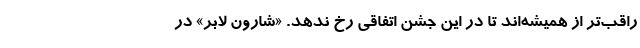
راقب‌تر از همیشه‌اند تا در این جشن اتفاقی رخ ندهد. «شارون لابر» در